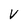
Character: v